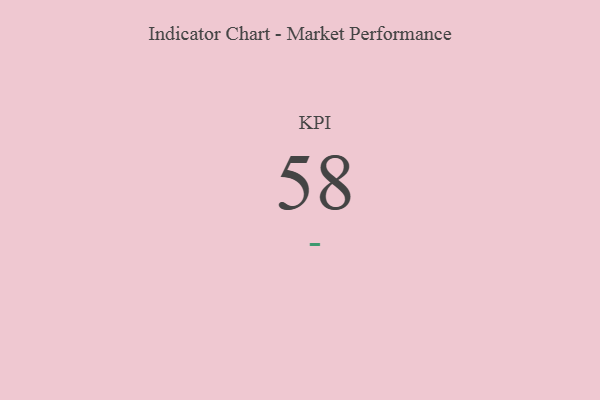
{"axis": {"x": "KPI", "y": "Value"}, "legend": [""], "data": [{"x": "KPI", "y": 58, "type": ""}]}